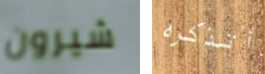
شيرون أتذكره